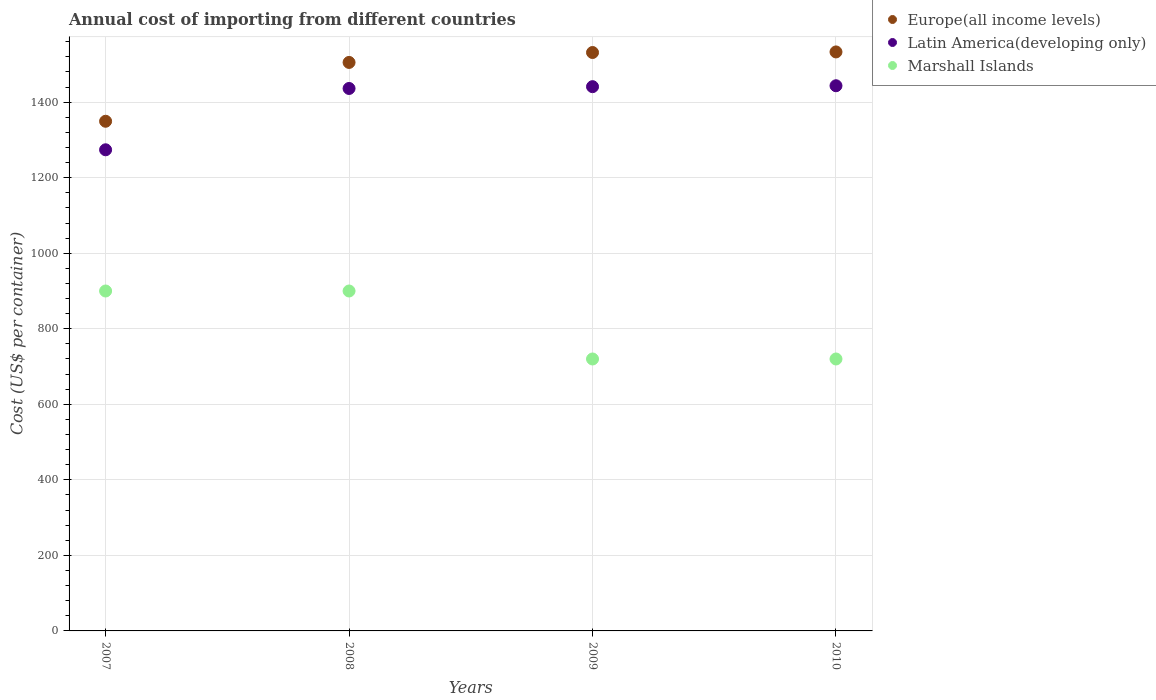
| Years | Europe(all income levels) | Latin America(developing only) | Marshall Islands |
 | --- | --- | --- | --- |
 | 2007 | 1.35e+03 | 1.27e+03 | 900 |
 | 2008 | 1.51e+03 | 1.44e+03 | 900 |
 | 2009 | 1.53e+03 | 1.44e+03 | 720 |
 | 2010 | 1.53e+03 | 1.44e+03 | 720 |